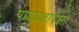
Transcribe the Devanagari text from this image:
पायदळापेक्षा